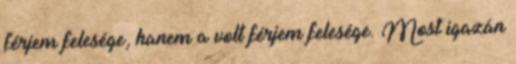
férjem felesége, hanem a volt férjem felesége. Most igazán